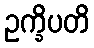
ဥက္ခိပတိ